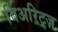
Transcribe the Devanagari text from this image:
बिअरिट्ज़